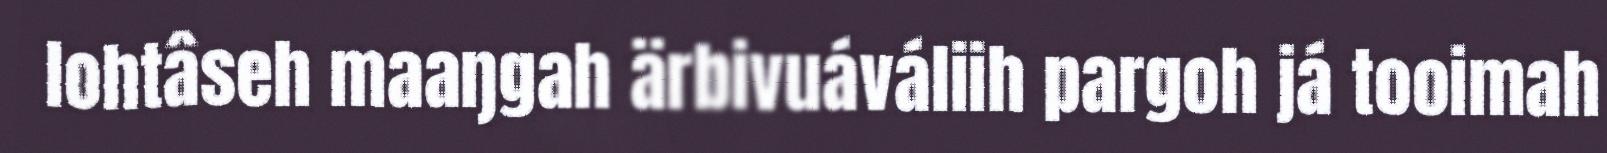
lohtâseh maaŋgah ärbivuáváliih pargoh já tooimah